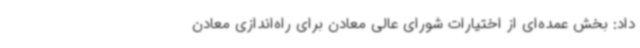
داد: بخش عمده‌ای از اختیارات شورای عالی معادن برای راه‌اندازی معادن